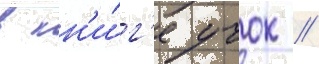
в кн'и́г'е учок /